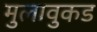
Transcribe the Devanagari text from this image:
मुलावुकड